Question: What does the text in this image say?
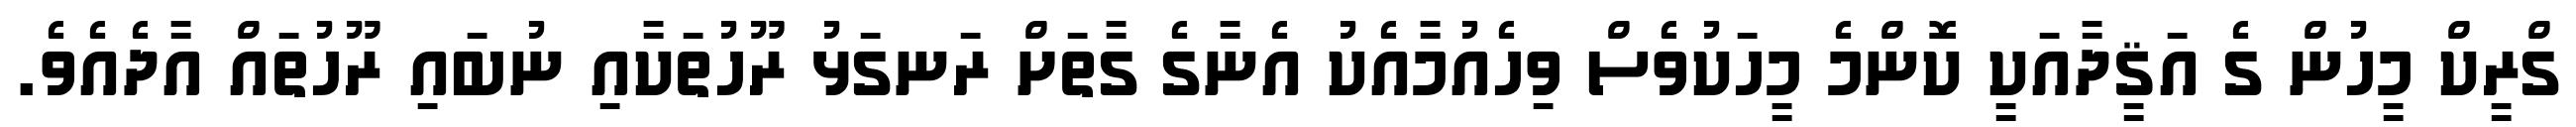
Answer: ގްރީކް މީހުން ގެ އަޤީދާއަކީ ކޮންމެ މީހަކުވެސް ވިހެއުމާއެކު އެނާގެ ގާތަށް ރަނގަޅު ރޫހުތަކާއި ނުބައި ރޫހުތައް އާދެއެވެ.